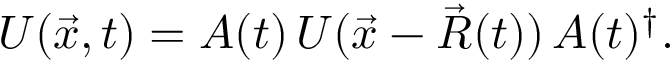
U ( \vec { x } , t ) = A ( t ) \, U ( \vec { x } - \vec { R } ( t ) ) \, A ( t ) ^ { \dagger } .